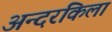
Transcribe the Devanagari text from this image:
अन्दरकिला